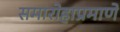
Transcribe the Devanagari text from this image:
समारोहाप्रमाणे